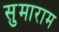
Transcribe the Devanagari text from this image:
सुमाराम